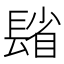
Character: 𨲓